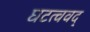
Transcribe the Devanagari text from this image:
घटत्ववद्